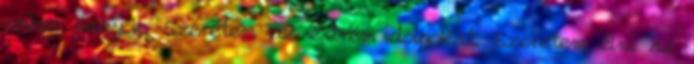
ember vagyok. Szeretem az extrém dolgokat. Szeretem élni az